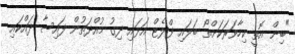
"ބިން އޮތީ ކިހާވަރަކަށްތޯ ބަލައި ފްލެޓް އަޅައި ދިގު މުއްދަތުން ފައިސާ ދައްކައި